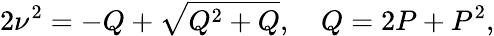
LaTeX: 2\nu^{2}=-Q+\sqrt{Q^{2}+Q},\quad Q=2P+P^{2},